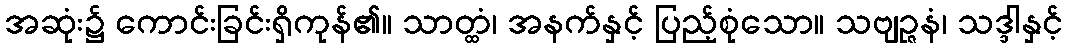
အဆုံး၌ ကောင်းခြင်းရှိကုန်၏။ သာတ္ထံ၊ အနက်နှင့် ပြည့်စုံသော။ သဗျဉ္ဇနံ၊ သဒ္ဒါနှင့်